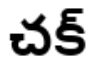
చక్